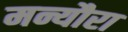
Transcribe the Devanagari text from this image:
मन्यौरा